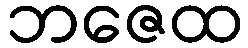
ဘဇေထ